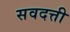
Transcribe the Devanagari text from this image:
सवदत्ती